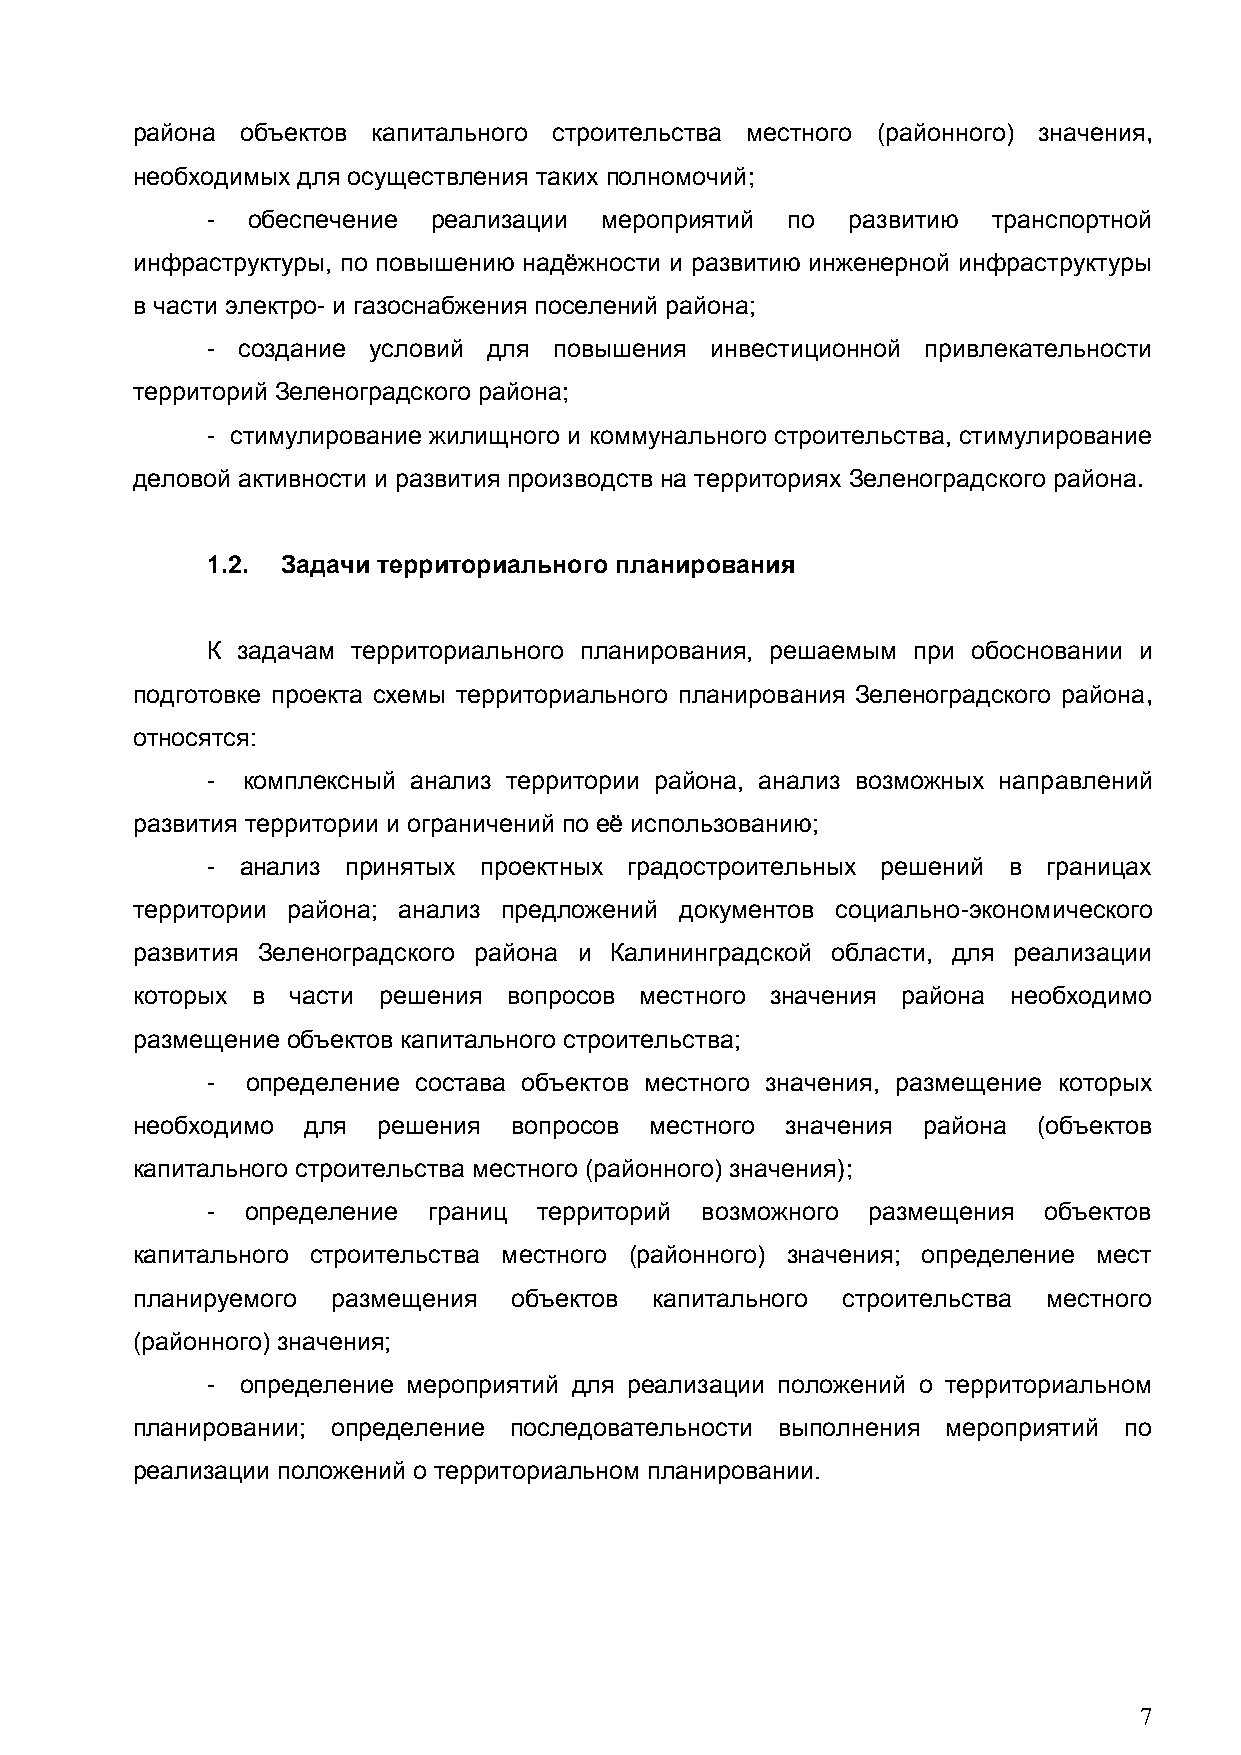
района объектов капитального строительства местного (районного) значения,
 необходимых для осуществления таких полномочий;
 - обеспечение  реализации мероприятий по  развитию  транспортной
 инфраструктуры, по повышению надѐжности и развитию инженерной инфраструктуры
 в части электро- и газоснабжения поселений района;
 - создание условий для повышения инвестиционной привлекательности
 территорий Зеленоградского района;
 - стимулирование жилищного и коммунального строительства, стимулирование
 деловой активности и развития производств на территориях Зеленоградского района.
 1.2. Задачи территориального планирования
 К задачам территориального планирования, решаемым при обосновании и
 подготовке проекта схемы территориального планирования Зеленоградского района,
 относятся:
 - комплексный анализ территории района, анализ возможных направлений
 развития территории и ограничений по еѐ использованию;
 - анализ принятых проектных градостроительных решений в границах
 территории района; анализ предложений документов социально-экономического
 развития Зеленоградского района и Калининградской области, для реализации
 которых в части решения  вопросов местного значения района необходимо
 размещение объектов капитального строительства;
 - определение состава объектов местного значения, размещение которых
 необходимо для  решения  вопросов местного значения района  (объектов
 капитального строительства местного (районного) значения);
 - определение границ  территорий возможного размещения объектов
 капитального строительства местного (районного) значения; определение мест
 планируемого размещения  объектов капитального строительства местного
 (районного) значения;
 - определение мероприятий для реализации положений о территориальном
 планировании; определение последовательности выполнения мероприятий по
 реализации положений о территориальном планировании.
 7